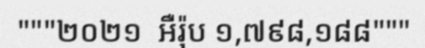
"""២០២១  អឺរ៉ុប ១,៧៩៨,១៨៨"""